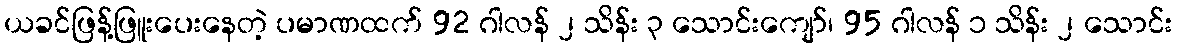
ယခင်ဖြန့်ဖြူးပေးနေတဲ့ ပမာဏထက် 92 ဂါလန် ၂ သိန်း ၃ သောင်းကျော်၊ 95 ဂါလန် ၁ သိန်း ၂ သောင်း